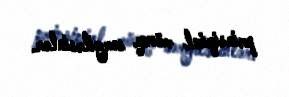
prinsipial mövqe sərgiləsinlər.